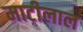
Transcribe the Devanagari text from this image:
माटीलाल